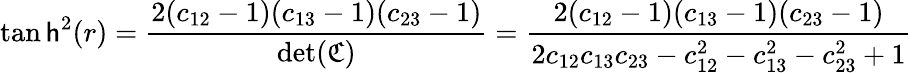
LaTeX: \displaystyle\operatorname{tan\mathsf{h}}^{2}(r)=\frac{{2(c_{12}-1)(c_{13}-1)(c_{23}-1)}}{{\operatorname*{det}(\mathfrak{{C}})}}=\frac{{2(c_{12}-1)(c_{13}-1)(c_{23}-1)}}{{2c_{12}c_{13}c_{23}-c_{12}^{2}-c_{13}^{2}-c_{23}^{2}+1}}